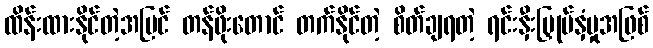
ထိန်းထားနိုင်တဲ့အပြင် တန်ဖိုးတောင် တက်နိုင်တဲ့ စိတ်ချရတဲ့ ရင်းနှီးမြှုပ်နှံမှုအဖြစ်